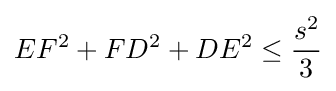
EF^{2}+FD^{2}+DE^{2}\leq {\frac {s^{2}}{3}}